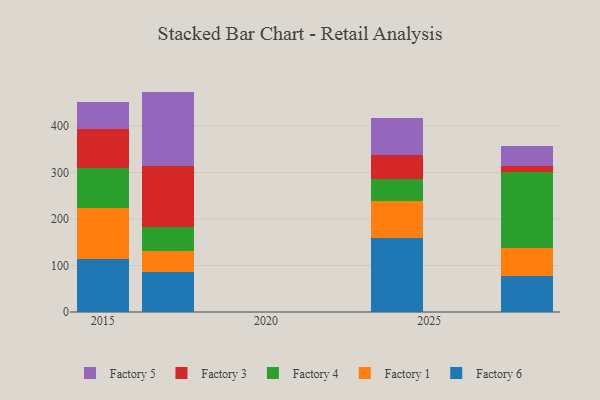
{"axis": {"x": "Year", "y": "Energy Usage (MWh)"}, "legend": ["Factory 1", "Factory 3", "Factory 4", "Factory 5", "Factory 6"], "data": [{"x": "2017", "y": 85.3, "type": "Factory 6"}, {"x": "2017", "y": 45.5, "type": "Factory 1"}, {"x": "2017", "y": 52.1, "type": "Factory 4"}, {"x": "2017", "y": 131.4, "type": "Factory 3"}, {"x": "2017", "y": 159.7, "type": "Factory 5"}, {"x": "2015", "y": 113.5, "type": "Factory 6"}, {"x": "2015", "y": 110.2, "type": "Factory 1"}, {"x": "2015", "y": 85.1, "type": "Factory 4"}, {"x": "2015", "y": 85.2, "type": "Factory 3"}, {"x": "2015", "y": 57.2, "type": "Factory 5"}, {"x": "2024", "y": 160.0, "type": "Factory 6"}, {"x": "2024", "y": 78.6, "type": "Factory 1"}, {"x": "2024", "y": 47.3, "type": "Factory 4"}, {"x": "2024", "y": 52.5, "type": "Factory 3"}, {"x": "2024", "y": 78.6, "type": "Factory 5"}, {"x": "2028", "y": 78.0, "type": "Factory 6"}, {"x": "2028", "y": 58.6, "type": "Factory 1"}, {"x": "2028", "y": 163.7, "type": "Factory 4"}, {"x": "2028", "y": 14.3, "type": "Factory 3"}, {"x": "2028", "y": 43.4, "type": "Factory 5"}]}